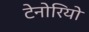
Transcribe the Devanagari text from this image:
टेनोरियो